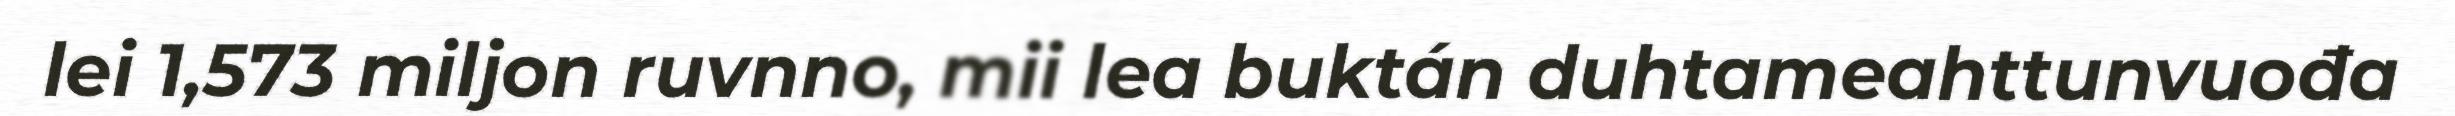
lei 1,573 miljon ruvnno, mii lea buktán duhtameahttunvuođa